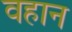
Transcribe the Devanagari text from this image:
वहान